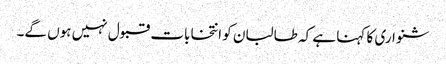
شنواری کا کہنا ہے کہ طالبان کو انتخابات قبول نہیں ہوں گے۔